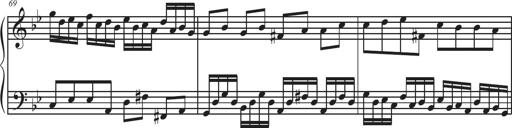
Title: Sonatina Espania
Composer: Jerald Franklin Archer
Key: Various